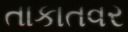
તાકાતવર